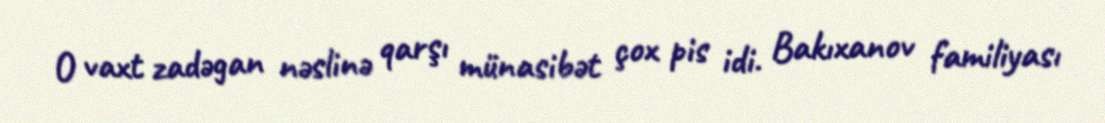
O vaxt zadəgan nəslinə qarşı münasibət çox pis idi. Bakıxanov familiyası